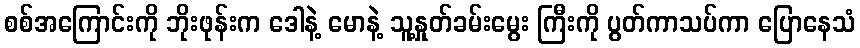
စစ်အကြောင်းကို ဘိုးဖုန်းက ဒေါနဲ့ မောနဲ့ သူ့နှုတ်ခမ်းမွေး ကြီးကို ပွတ်ကာသပ်ကာ ပြောနေသံ